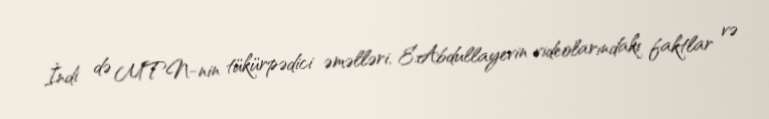
İndi də MTN-nin tükürpədici əməlləri, E.Abdullayevin videolarındakı faktlar və